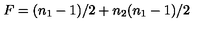
F = { \binom { ( n _ { 1 } - 1 ) / 2 + n _ { 2 } } { ( n _ { 1 } - 1 ) / 2 } }